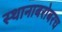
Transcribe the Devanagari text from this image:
स्थानाबरोबरच